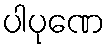
ပါပုဏေ